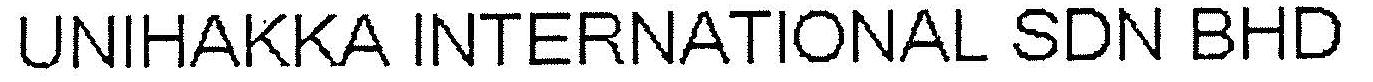
UNIHAKKA INTERNATIONAL SDN BHD